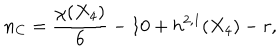
LaTeX: n _ { C } = { \frac { \chi ( X _ { 4 } ) } { 6 } } - 1 0 + h ^ { 2 , 1 } ( X _ { 4 } ) - r ,